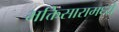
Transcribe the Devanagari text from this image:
भक्तिसारामध्ये